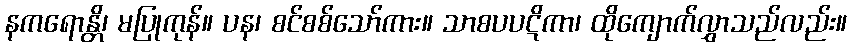
နကရောန္တိ၊ မပြုကုန်။ ပန၊ စင်စစ်သော်ကား။ သာစပပဋိကာ၊ ထိုကျောက်လွှာသည်လည်း။